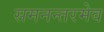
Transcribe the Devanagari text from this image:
समनन्तरमेव